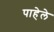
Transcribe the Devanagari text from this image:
पाहेले